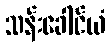
သန်းခေါင်ယံ